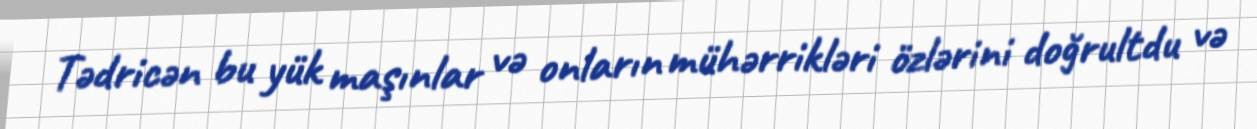
Tədricən bu yük maşınlar və onların mühərrikləri özlərini doğrultdu və